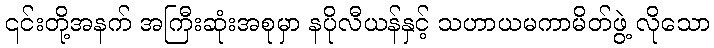
၎င်းတို့အနက် အကြီးဆုံးအစုမှာ နပိုလီယန်နှင့် သဟာယမကာမိတ်ဖွဲ့ လိုသော